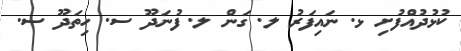
ކުޅުދުއްފުށި ޅ. ނައިފަރު ލ. ގަން ލ. ފުނަދޫ ސ. ހިތަދޫ ސ.